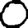
Digit: 0